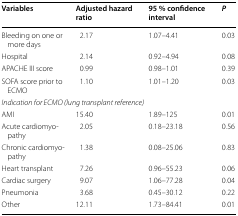
| Variables | Adjusted hazard ratio | 95 % confidence interval | P |
 | --- | --- | --- | --- |
 | Bleeding on one or more days | 2.17 | 1.07–4.41 | 0.03 |
 | Hospital | 2.14 | 0.92–4.94 | 0.08 |
 | APACHE III score | 0.99 | 0.98–1.01 | 0.39 |
 | SOFA score prior to ECMO | 1.10 | 1.01–1.20 | 0.03 |
 | <COLSPAN=4> Indication for ECMO (lung transplant reference) |
 | AMI | 15.40 | 1.89–125 | 0.01 |
 | Acute cardiomyopathy | 2.05 | 0.18–23.18 | 0.56 |
 | Chronic cardiomyopathy | 1.38 | 0.08–25.06 | 0.83 |
 | Heart transplant | 7.26 | 0.96–55.23 | 0.06 |
 | Cardiac surgery | 9.07 | 1.06–77.28 | 0.04 |
 | Pneumonia | 3.68 | 0.45–30.12 | 0.22 |
 | Other | 12.11 | 1.73–84.41 | 0.01 |